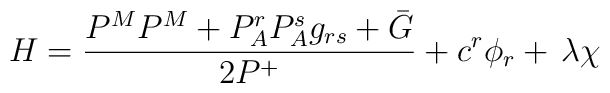
H=\frac{P^{M}P^{M}+P_{A}^{r}P_{A}^{s}g_{rs}+\bar{G}}{2P^{+}}+c^{r}\phi_{r}+\,\lambda \chi